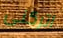
اتركنى